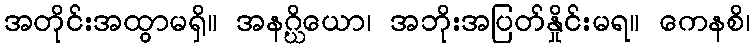
အတိုင်းအထွာမရှိ။ အနဂ္ဃိယော၊ အဘိုးအပြတ်နှိုင်းမရ။ ကေနစိ၊